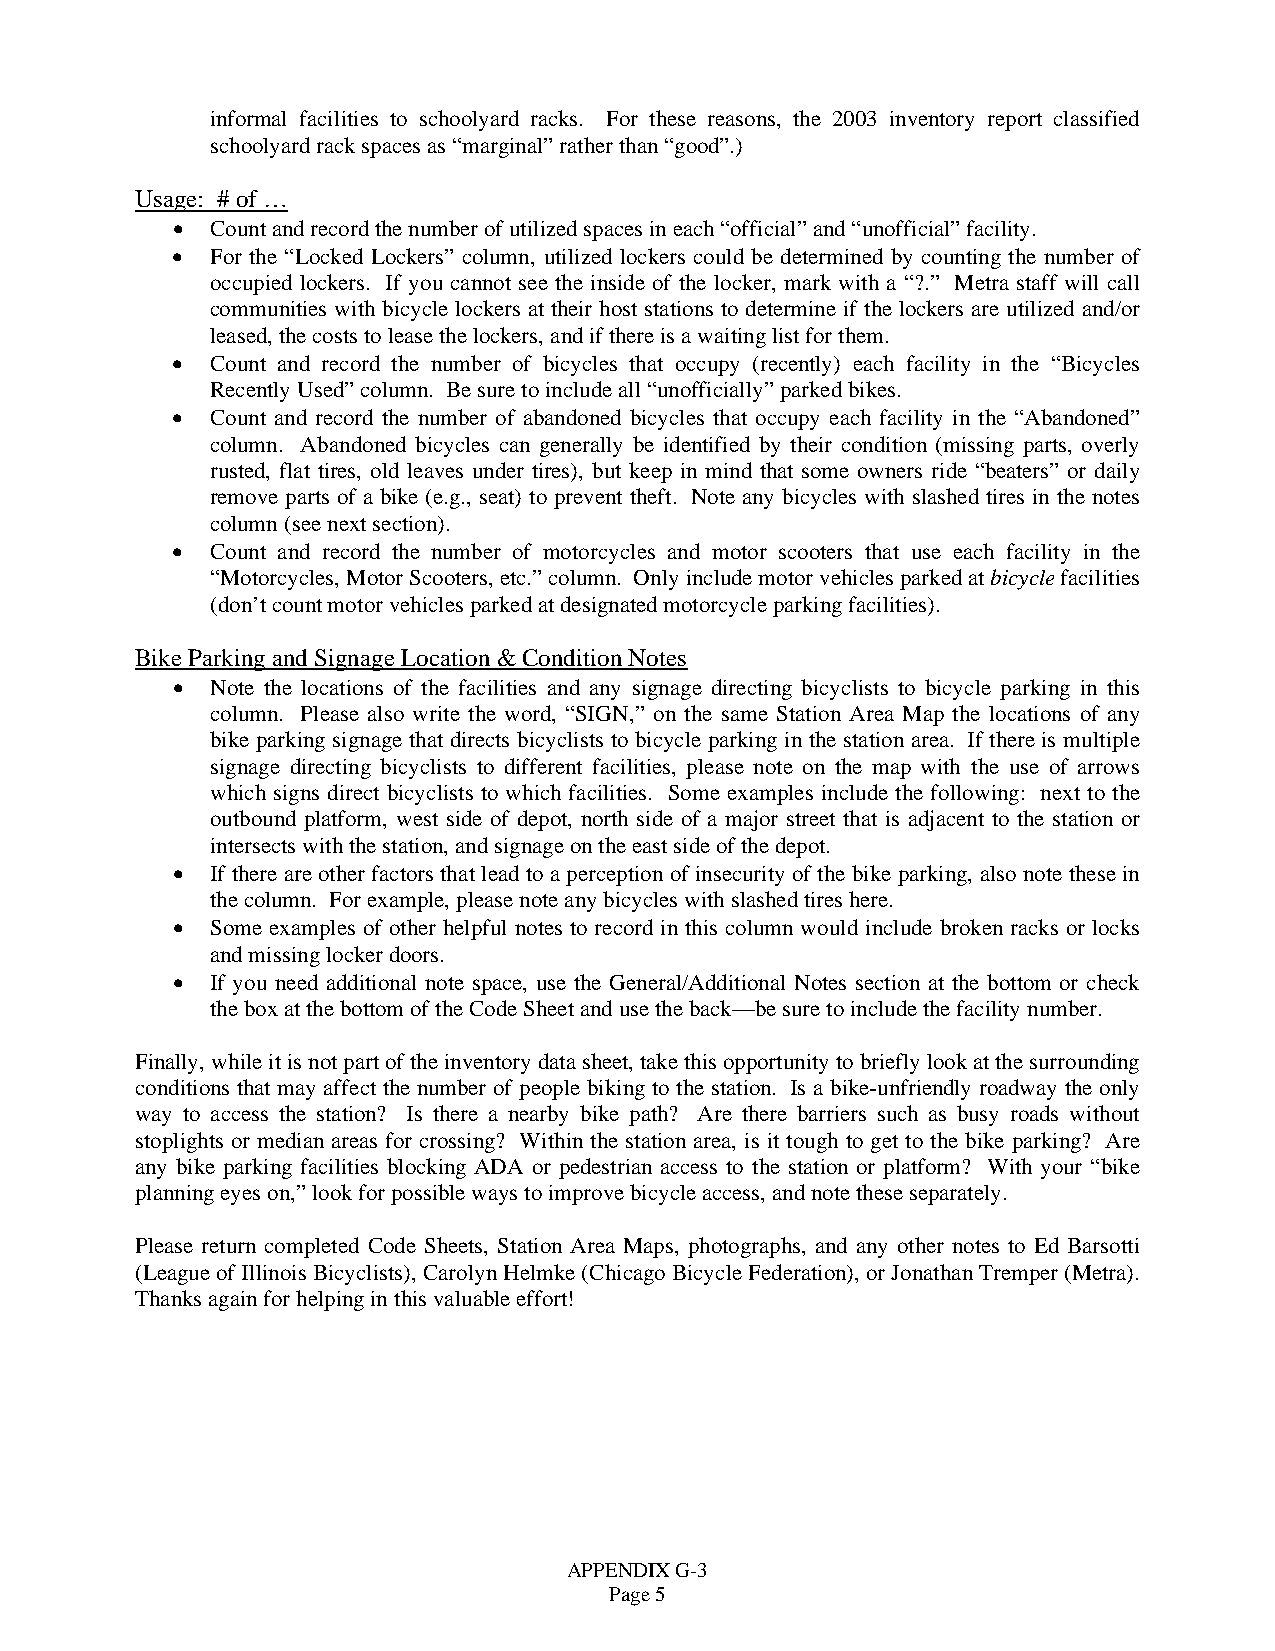
informal facilities to schoolyard racks. For these reasons, the 2003 inventory report classified
 schoolyard rack spaces as “marginal” rather than “good”.)
 Usage: # of …
 •  Count and record the number of utilized spaces in each “official” and “unofficial” facility.
 •  For the “Locked Lockers” column, utilized lockers could be determined by counting the number of
 occupied lockers. If you cannot see the inside of the locker, mark with a “?.” Metra staff will call
 communities with bicycle lockers at their host stations to determine if the lockers are utilized and/or
 leased, the costs to lease the lockers, and if there is a waiting list for them.
 •  Count and record the number of bicycles that occupy (recently) each facility in the “Bicycles
 Recently Used” column. Be sure to include all “unofficially” parked bikes.
 •  Count and record the number of abandoned bicycles that occupy each facility in the “Abandoned”
 column. Abandoned bicycles can generally be identified by their condition (missing parts, overly
 rusted, flat tires, old leaves under tires), but keep in mind that some owners ride “beaters” or daily
 remove parts of a bike (e.g., seat) to prevent theft. Note any bicycles with slashed tires in the notes
 column (see next section).
 •  Count and record the number of motorcycles and motor scooters that use each facility in the
 “Motorcycles, Motor Scooters, etc.” column. Only include motor vehicles parked at bicycle facilities
 (don’t count motor vehicles parked at designated motorcycle parking facilities).
 Bike Parking and Signage Location & Condition Notes
 •  Note the locations of the facilities and any signage directing bicyclists to bicycle parking in this
 column. Please also write the word, “SIGN,” on the same Station Area Map the locations of any
 bike parking signage that directs bicyclists to bicycle parking in the station area. If there is multiple
 signage directing bicyclists to different facilities, please note on the map with the use of arrows
 which signs direct bicyclists to which facilities. Some examples include the following: next to the
 outbound platform, west side of depot, north side of a major street that is adjacent to the station or
 intersects with the station, and signage on the east side of the depot.
 •  If there are other factors that lead to a perception of insecurity of the bike parking, also note these in
 the column. For example, please note any bicycles with slashed tires here.
 •  Some examples of other helpful notes to record in this column would include broken racks or locks
 and missing locker doors.
 •  If you need additional note space, use the General/Additional Notes section at the bottom or check
 the box at the bottom of the Code Sheet and use the back—be sure to include the facility number.
 Finally, while it is not part of the inventory data sheet, take this opportunity to briefly look at the surrounding
 conditions that may affect the number of people biking to the station. Is a bike-unfriendly roadway the only
 way to access the station? Is there a nearby bike path? Are there barriers such as busy roads without
 stoplights or median areas for crossing? Within the station area, is it tough to get to the bike parking? Are
 any bike parking facilities blocking ADA or pedestrian access to the station or platform? With your “bike
 planning eyes on,” look for possible ways to improve bicycle access, and note these separately.
 Please return completed Code Sheets, Station Area Maps, photographs, and any other notes to Ed Barsotti
 (League of Illinois Bicyclists), Carolyn Helmke (Chicago Bicycle Federation), or Jonathan Tremper (Metra).
 Thanks again for helping in this valuable effort!
 APPENDIX G-3
 Page 5